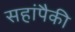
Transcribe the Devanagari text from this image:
सहांपैकी